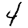
Digit: 4